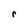
Character: r